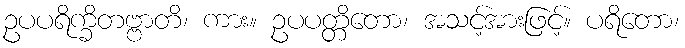
ဥပပရိက္ခိတဗ္ဗာတိ၊ ကား။ ဥပပတ္တိတော၊ အသင့်အားဖြင့်။ ပရိတော၊